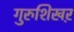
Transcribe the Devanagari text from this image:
गुरुशिखऱ